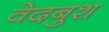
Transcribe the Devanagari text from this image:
वेदबुश